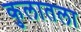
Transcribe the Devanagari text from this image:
कुलातला